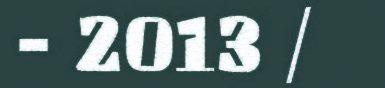
- 2013 /